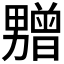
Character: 𰣛